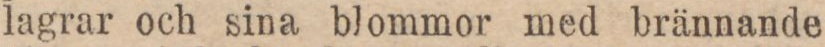
lagrar och sina blommor med brännande